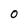
Character: 0